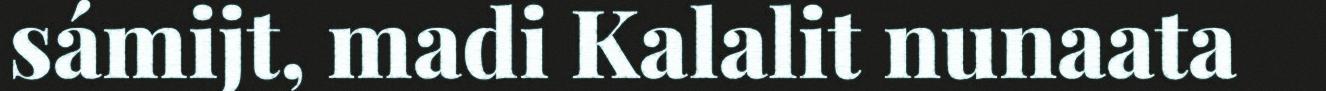
sámijt, madi Kalalit nunaata